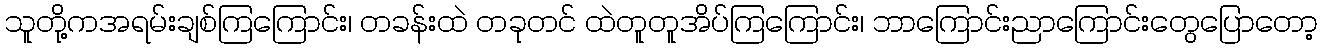
သူတို့ကအရမ်းချစ်ကြကြောင်း၊ တခန်းထဲ တခုတင် ထဲတူတူအိပ်ကြကြောင်း၊ ဘာကြောင်းညာကြောင်းတွေပြောတော့